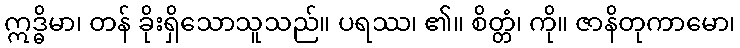
ဣဒ္ဓိမာ၊ တန် ခိုးရှိသောသူသည်။ ပရဿ၊ ၏။ စိတ္တံ၊ ကို။ ဇာနိတုကာမော၊